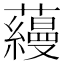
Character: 蘰